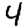
Digit: 4